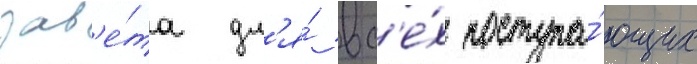
зав'е́та дл'я́ вс'е́х поступа́ющих